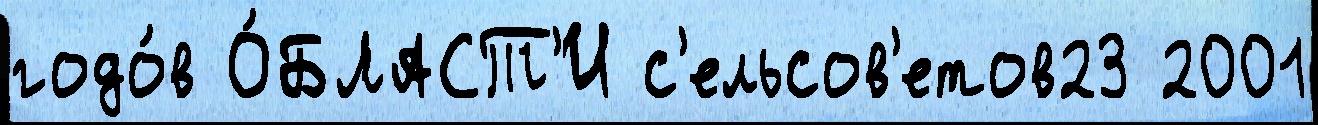
годо́в О́БЛАСТ'И с'ельсов'етов23 2001